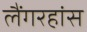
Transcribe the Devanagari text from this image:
लैंगरहांस